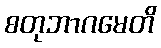
စတုဘာဂမေတိ